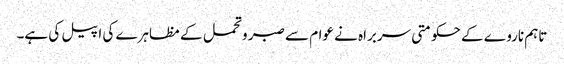
تاہم ناروے کے حکومتی سربراہ نے عوام سے صبر و تحمل کے مظاہرے کی اپیل کی ہے۔